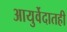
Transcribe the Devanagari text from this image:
आयुर्वेदातही